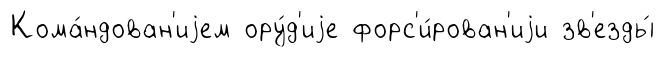
Кома́ндован'иjем ору́д'иjе форс'и́рован'иjи зв'езды́